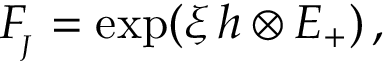
F _ { \! _ { J } } = \exp ( \xi \, h \otimes E _ { + } ^ { } ) \, ,